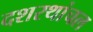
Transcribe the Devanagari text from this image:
दशरथांचल